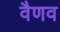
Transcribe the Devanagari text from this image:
वैणव